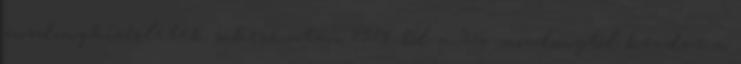
mozdonykísérletek sikere után 1914-től a 356. mozdonytól kezdve a